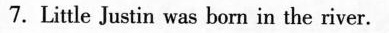
7. Little Justin was born in the river.